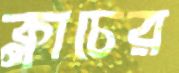
ক্লাচের